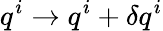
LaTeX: q^{i}\rightarrow q^{i}+\delta q^{i}